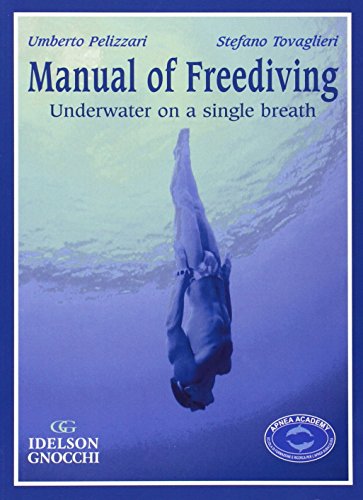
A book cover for Manual of Freediving: Underwater on a Single Breath; Umberto Pelizzari; Health, Fitness & Dieting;